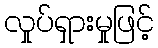
လှုပ်ရှားမှုဖြင့်